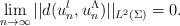
LaTeX: \begin{align*} \lim_{n \rightarrow \infty} ||d(u_{n}^l,u_{n}^{\Lambda})||_{L^2(\Sigma)}= 0. \end{align*}